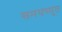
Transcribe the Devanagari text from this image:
समयच्युत